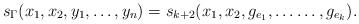
LaTeX: \begin{align*} s_{\Gamma}( x_1, x_2, y_1, \dots, y_n ) = s_{k+2}(x_1, x_2, g_{e_1}, \dots \dots, g_{e_k}). \end{align*}